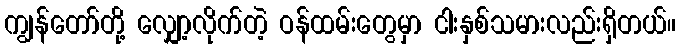
ကျွန်တော်တို့ လျှော့လိုက်တဲ့ ဝန်ထမ်းတွေမှာ ငါးနှစ်သမားလည်းရှိတယ်။